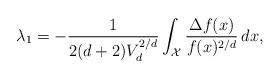
LaTeX: \begin{align*}\lambda_1 = - \frac{1}{2(d+2)V_d^{2/d}} \int_\mathcal{X} \frac{\Delta f(x)}{f(x)^{2/d}} \,dx,\end{align*}